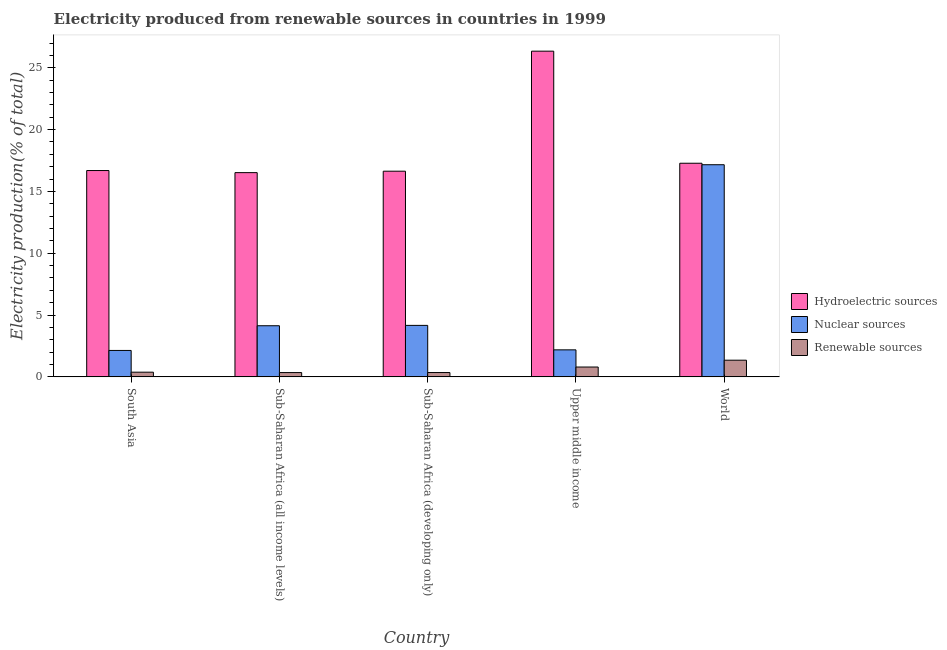
| Country | Hydroelectric sources | Nuclear sources | Renewable sources |
 | --- | --- | --- | --- |
 | South Asia | 16.7 | 2.14 | 0.38 |
 | Sub-Saharan Africa (all income levels) | 16.5 | 4.14 | 0.348 |
 | Sub-Saharan Africa (developing only) | 16.6 | 4.16 | 0.35 |
 | Upper middle income | 26.3 | 2.19 | 0.796 |
 | World | 17.3 | 17.2 | 1.35 |